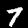
Label: 7